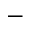
\mathbf { - }